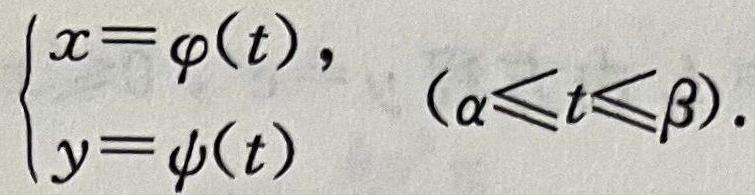
$\begin{cases}x = \varphi(t),\\y = \psi(t)\end{cases}\ (\alpha\leqslant t\leqslant\beta).$